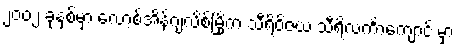
၂၀၀၂ ခုနှစ်မှာ လော့စ်အိန်ဂျလိစ်မြို့က သီရိဝိဇယ သီရိလင်္ကာကျောင်းမှာ